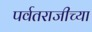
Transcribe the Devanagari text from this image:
पर्वतराजीच्या